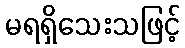
မရရှိသေးသဖြင့်